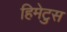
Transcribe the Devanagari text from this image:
हिमेटुस